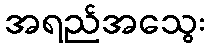
အရည်အသွေး